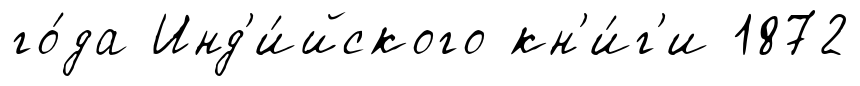
го́да Инд'и́йского кн'и́г'и 1872